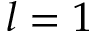
l = 1